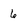
Character: 6